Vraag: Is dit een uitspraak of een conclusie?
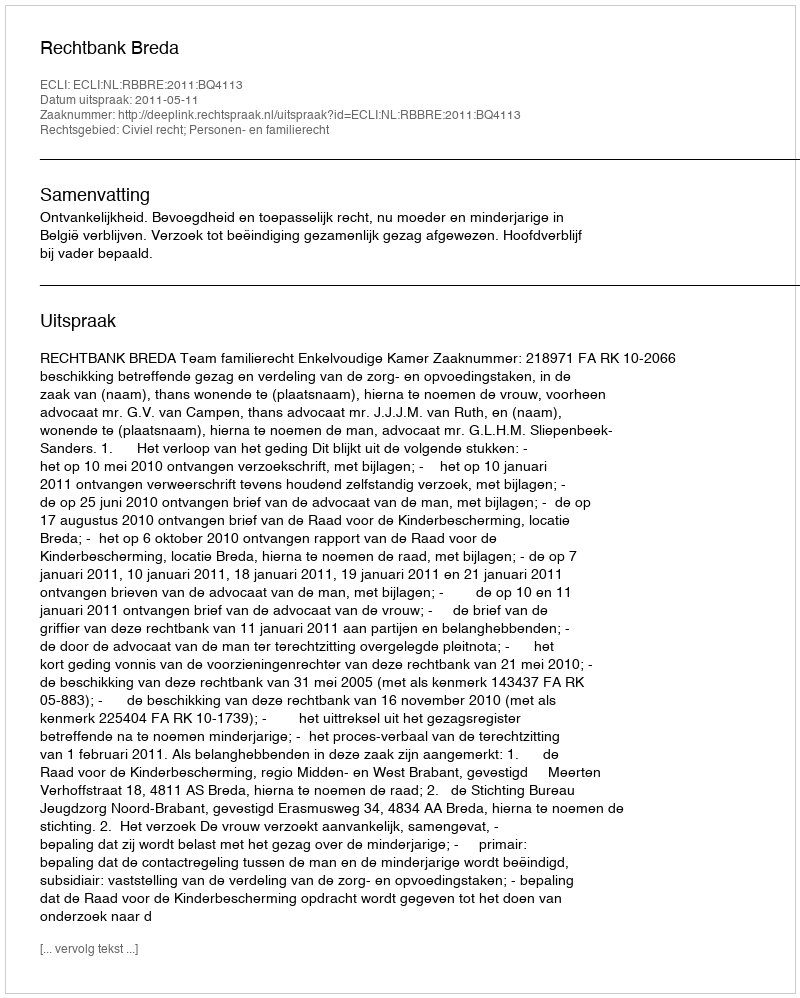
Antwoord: Uitspraak